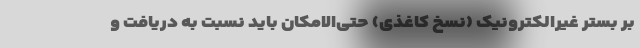
بر بستر غیرالکترونیک (نسخ کاغذی) حتی‌الامکان باید نسبت به دریافت و